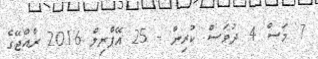
7 މަސް 4 ދުވަސް ކުރިން - 25 އޭޕްރިލް 2016 ރާއްޖޭގެ